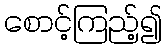
စောင့်ကြည့်၍